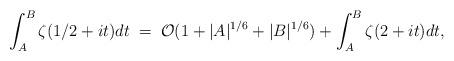
LaTeX: \begin{align*} \int_A^B\zeta (1/2+it)dt \;=\; \mathcal{O}(1+|A|^{1/6}+|B|^{1/6})+\int_{A}^{B}\zeta(2+it)dt,\end{align*}